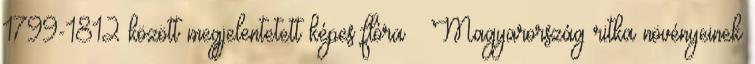
1799-1812 között megjelentetett képes flóra – Magyarország ritka növényeinek